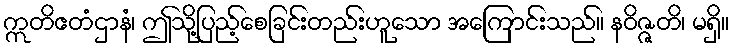
ဣတိဧတံဌာနံ၊ ဤသို့ပြည့်စေခြင်းတည်းဟူသော အကြောင်းသည်။ နဝိဇ္ဇတိ၊ မရှိ။